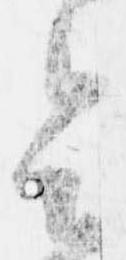
令